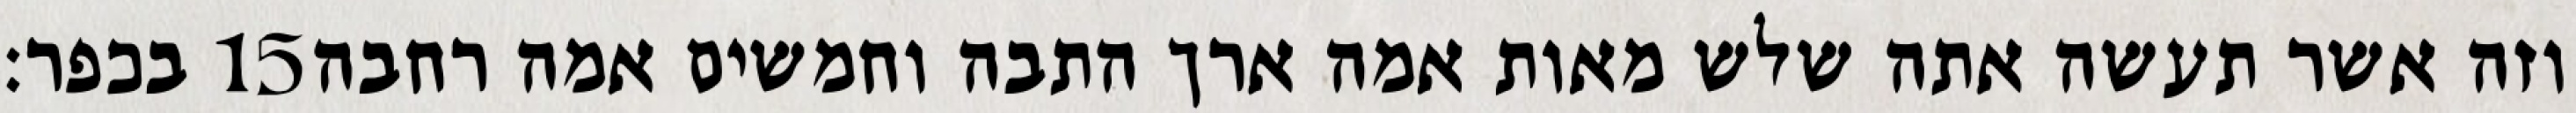
בכפר׃ ‎15‏ וזה אשר תעשה אתה שלש מאות אמה ארך התבה וחמשים אמה רחבה